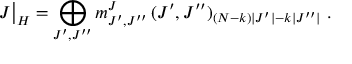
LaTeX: J \bigr | _ { H } = \bigoplus _ { J ^ { \prime } , J ^ { \prime \prime } } m _ { J ^ { \prime } , J ^ { \prime \prime } } ^ { J } \, ( J ^ { \prime } , J ^ { \prime \prime } ) _ { ( N - k ) | J ^ { \prime } | - k | J ^ { \prime \prime } | } \; .